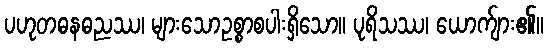
ပဟုတဓနဓညဿ၊ များသောဥစ္စာစပါးရှိသော။ ပုရိသဿ၊ ယောက်ျား၏။